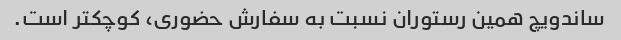
ساندویچ همین رستوران نسبت به سفارش حضوری، کوچکتر است.